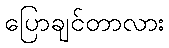
ပြောချင်တာလား